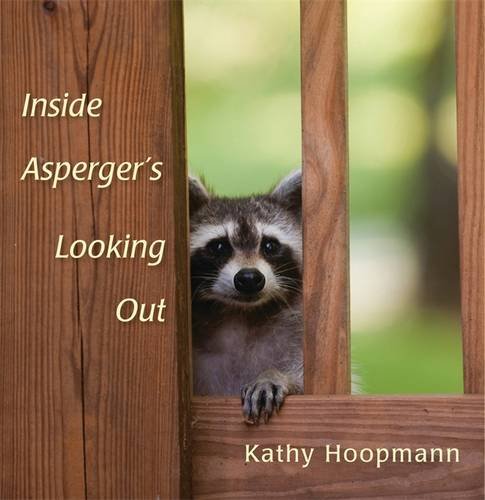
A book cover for Inside Asperger's Looking Out; Kathy Hoopmann; Health, Fitness & Dieting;